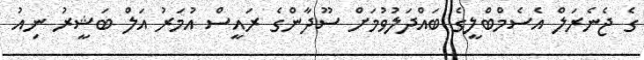
ގެ ޖެނެރަލް އެސެމްބްލީގެ ބައްދަލުވުމަށް ސޫދާންގެ ރައީސް އުމަރު އަލް ބަޝީރު ނިއު